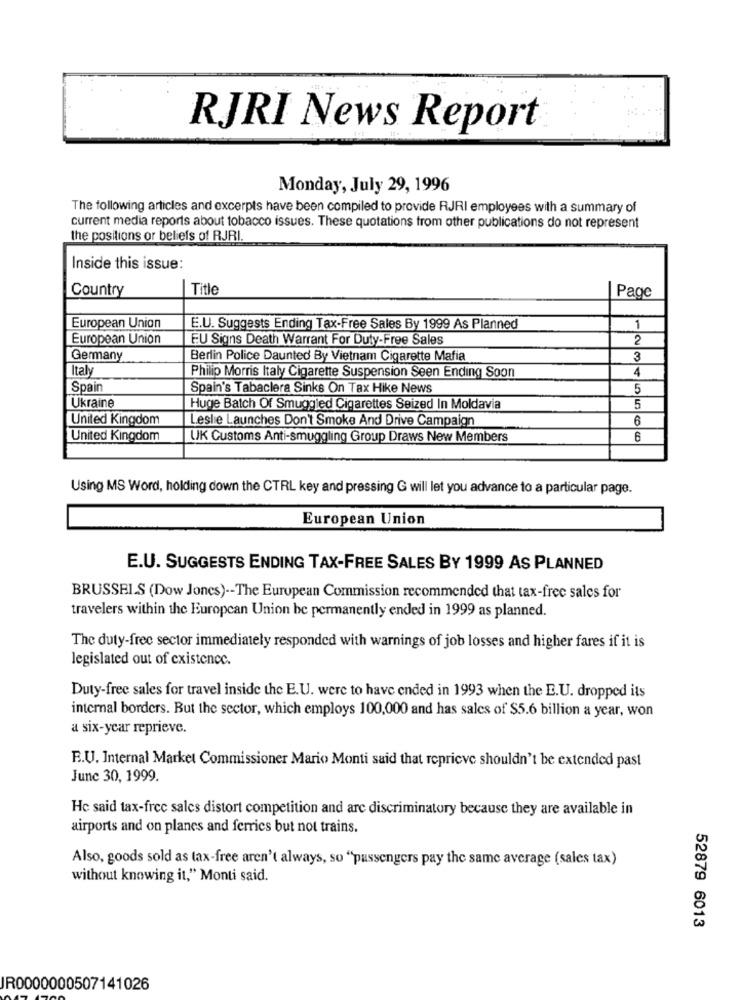
RJRI News Report
Monday, July 29, 1996
The following articles and excerpts have been compiled to provide RJRI employees with a summary of
current media reports about tobacco issues. These quotations from other publications do not represent
the positions or beliefs of RJRI.
Inside this issue:
Country
Title
Page
European Union
E.U. Suggests Ending Tax-Free Sales By 1999 As Planned
1
European Union
EU Signs Death Warrant For Duty-Free Sales
2
Germany
Berlin Police Daunted By Vietnam Cigarette Mafia
3
Ital
Philip Morris Italy Cigarette Suspension Seen Ending Soon
4
Spain
Spain's Tabaclera Sinks On Tax Hike News
5
Ukraine
Huge Batch Of Smuggled Cigarettes Seized In Moldavia
5
United Kingdom
Leslie Launches Don't Smoke And Drive Campaign
6
United Kingdom
UK Customs Anti-smuggling Group Draws New Members
6
Using MS Word, holding down the CTRL key and pressing G will let you advance to a particular page.
European Union
E.U. SUGGESTS ENDING TAX-FREE SALES BY 1999 AS PLANNED
BRUSSELS (Dow Jones) -- The European Commission recommended that tax-free sales for
travelers within the European Union be permanently ended in 1999 as planned.
The duty-free sector immediately responded with warnings of job losses and higher fares if it is
legislated out of existence.
Duty-free sales for travel inside the E.U. were to have ended in 1993 when the E.U. dropped its
internal borders. But the sector, which employs 100,000 and has sales of $5.6 billion a year, won
a six-year reprieve.
R.U. Internal Market Commissioner Mario Monti said that reprieve shouldn't be extended past
June 30, 1999.
He said tax-free sales distort competition and are discriminatory because they are available in
airports and on planes and ferries but not trains.
Also, goods sold as tax-free aren't always, so "passengers pay the same average (sales tax)
without knowing it," Monti said.
52879 6013
JR0000000507141026